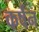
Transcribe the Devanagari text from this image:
कर्षन